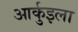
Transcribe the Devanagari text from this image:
आर्कुइला